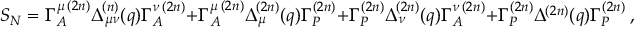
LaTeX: { \cal S _ { N } } = \Gamma _ { A } ^ { \mu \, ( 2 n ) } \Delta _ { \mu \nu } ^ { ( n ) } ( q ) \Gamma _ { A } ^ { \nu \, ( 2 n ) } + \Gamma _ { A } ^ { \mu \, ( 2 n ) } \Delta _ { \mu } ^ { ( 2 n ) } ( q ) \Gamma _ { P } ^ { ( 2 n ) } + \Gamma _ { P } ^ { ( 2 n ) } \Delta _ { \nu } ^ { ( 2 n ) } ( q ) \Gamma _ { A } ^ { \nu \, ( 2 n ) } + \Gamma _ { P } ^ { ( 2 n ) } \Delta ^ { ( 2 n ) } ( q ) \Gamma _ { P } ^ { ( 2 n ) } ~ ,